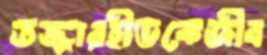
তজ্জারহীডকেজীব